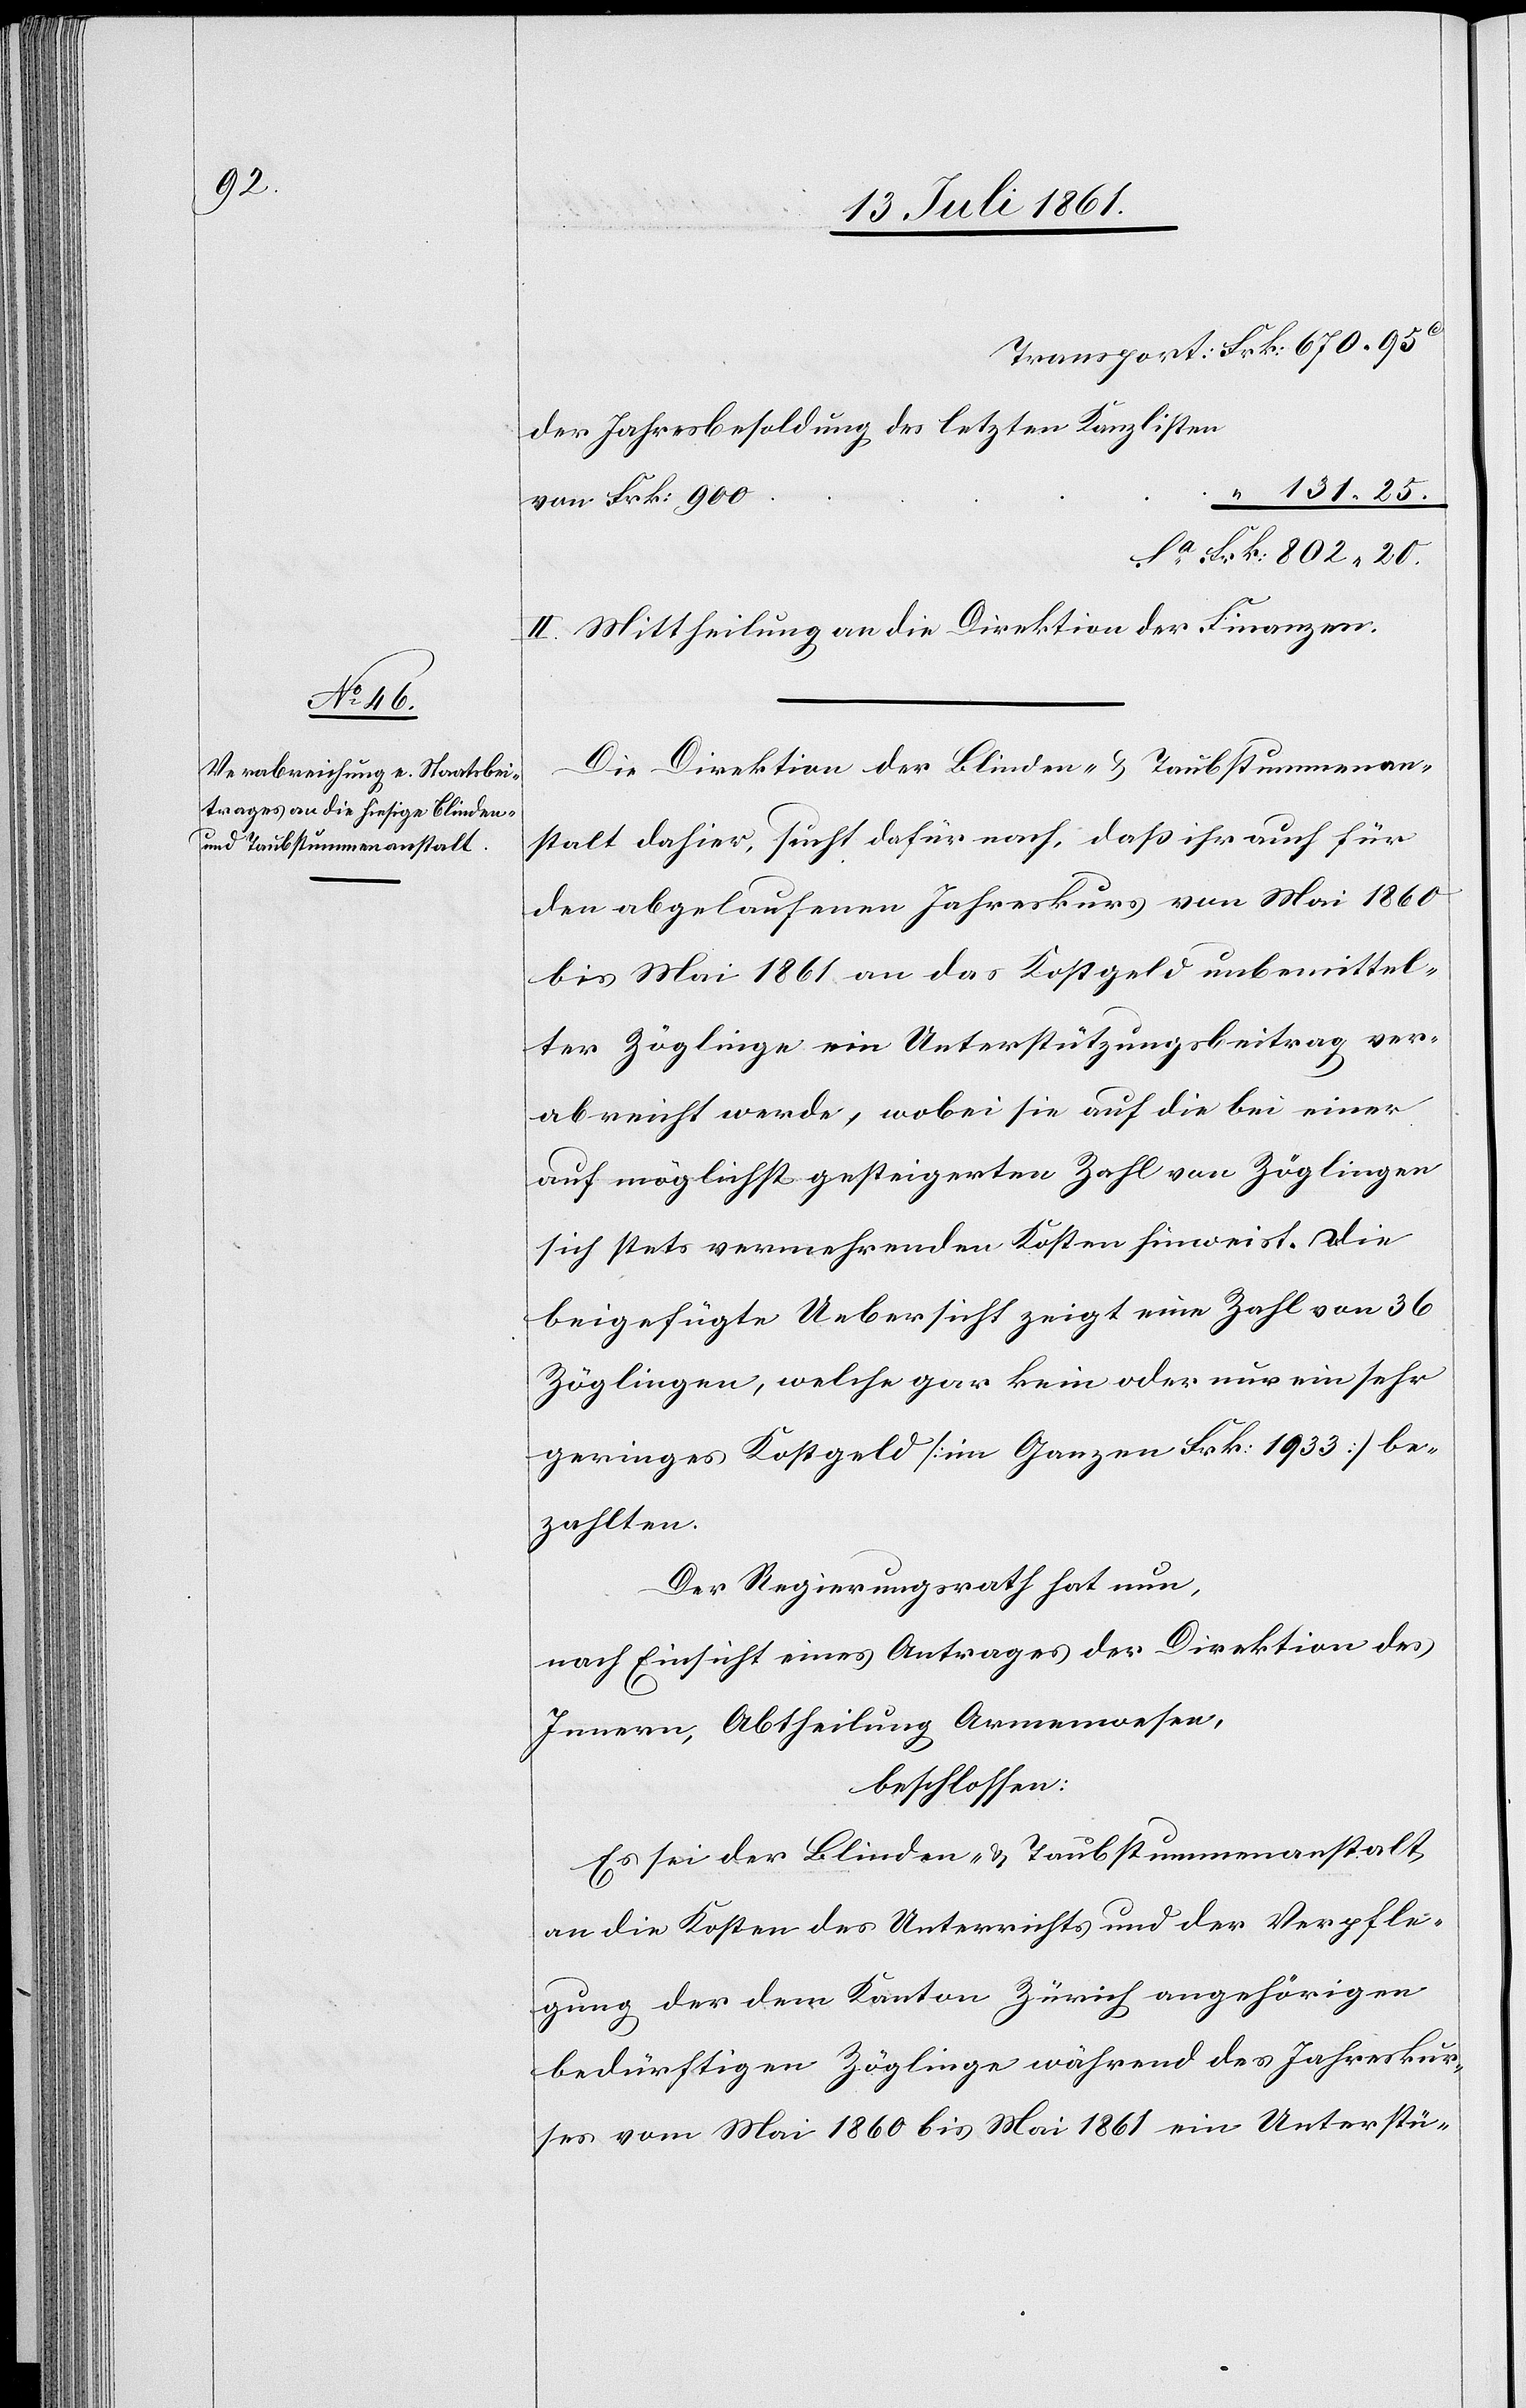
Transport Frk. 670.95
der Jahresbesoldung des letzten Kanzlisten
II. Mittheilung an die Direktion der Finanzen.
Die Direktion der Blinden- u. Taubstummenan¬
stalt dahier, sucht dafür nach, daß ihr auch für
den abgelaufenen Jahreskurs von Mai 1860
bis Mai 1861 an das Kostgeld unbemittel¬
ter Zöglinge ein Unterstützungsbeitrag ver¬
abreicht werde, wobei sie auf die bei einer
auf möglichst gesteigerten Zahl von Zöglingen
sich stets vermehrenden Kosten hinweist. Die
beigefügte Uebersicht zeigt eine Zahl von 36
Zöglingen, welche gar keine oder nur ein sehr
geringes Kostgeld [im Ganzen Frk. 1933] be¬
zahlten.
Der Regierungsrath hat nun,
nach Einsicht eines Antrages der Direktion des
Innern, Abtheilung Armenwesen,
beschlossen:
Es sei der Blinden- u. Taubstummenanstalt,
an die Kosten des Unterrichts und der Verpfle¬
gung der dem Kanton Zürich angehörigen
bedürftigen Zöglinge während des Jahreskur¬
ses vom Mai 1860 bis Mai 1861 ein Unterstü-